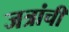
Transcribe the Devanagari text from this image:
जत्रांची